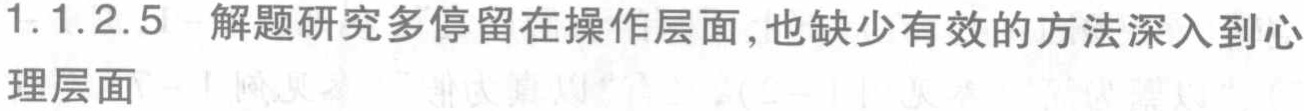
1.1.2.5 解题研究多停留在操作层面,也缺少有效的方法深入到心理层面